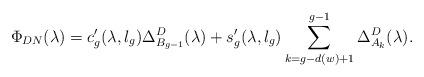
LaTeX: \begin{align*}\Phi_{DN}(\lambda)=c^{\prime}_g(\lambda,l_g)\Delta_{B_{g-1}}^D(\lambda)+s^{\prime}_g(\lambda,l_g)\sum\limits_{k=g-d(w)+1}^{g-1}\Delta_{A_k}^D(\lambda).\end{align*}